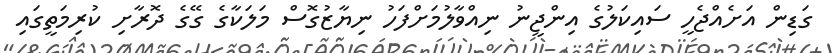
ގަޑިން އަށެއްޖެހީ ސައިކަލުގެ އިންޖީނު ނިއްވާލުމަށްފަހު ނިޔާޒުގޮސް މަލަކާގެ ގޭގެ ދޮރާށި ކުރިމަތީގައި